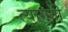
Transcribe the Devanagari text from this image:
त्यागती